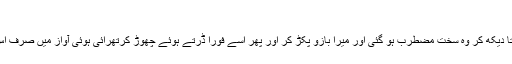
‘‘
مجھے جاتا دیکھ کر وہ سخت مضطرب ہو گئی اور میرا بازو پکڑ کر اور پھر اسے فوراً ڈرتے ہوئے چھوڑ کرتھرائی ہُوئی آواز میں صرف اس قدر کہا۔